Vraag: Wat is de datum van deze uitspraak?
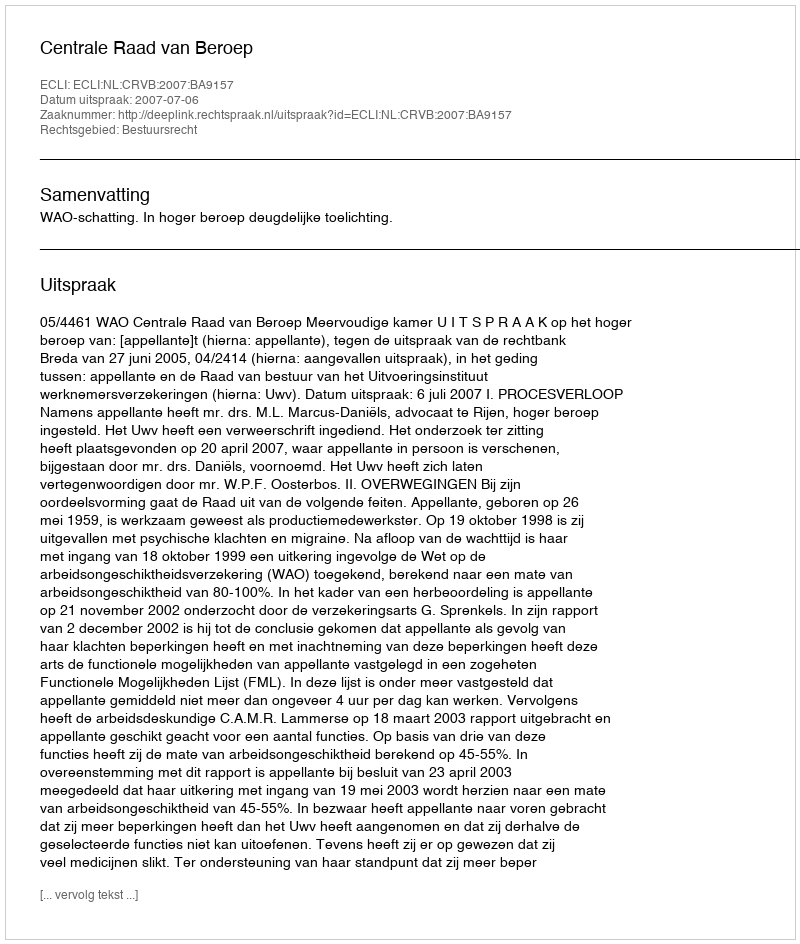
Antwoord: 2007-07-06